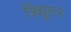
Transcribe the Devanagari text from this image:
त्रिशूल२